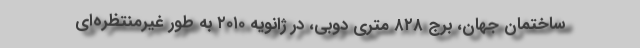
ساختمان جهان، برج ۸۲۸ متری دوبی، در ژانویه ۲۰۱۰ به طور غیرمنتظره‌ای